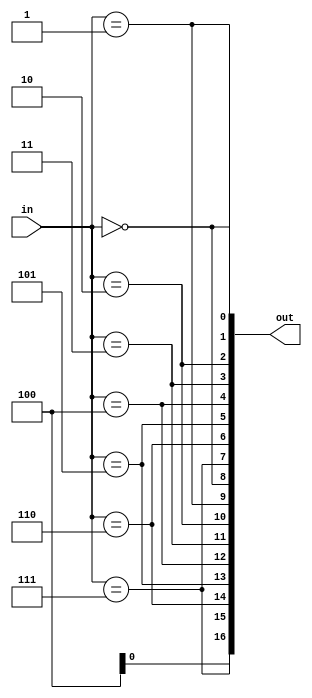
module decoder_4_16(
    input  [ 3:0] in,
    output [16:0] out
);

assign out[ 0] = (in == 3'd0 );
assign out[ 1] = (in == 3'd1 );
assign out[ 2] = (in == 3'd2 );
assign out[ 3] = (in == 3'd3 );
assign out[ 4] = (in == 3'd4 );
assign out[ 5] = (in == 3'd5 );
assign out[ 6] = (in == 3'd6 );
assign out[ 7] = (in == 3'd7 );
assign out[ 8] = (in == 3'd8 );
assign out[ 9] = (in == 3'd9 );
assign out[10] = (in == 3'd10);
assign out[11] = (in == 3'd11);
assign out[12] = (in == 3'd12);
assign out[13] = (in == 3'd13);
assign out[14] = (in == 3'd14);
assign out[15] = (in == 3'd15);

endmodule
module decoder_5_32(
    input  [ 4:0] in,
    output [31:0] out
);

genvar i;
generate for (i=0; i<32; i=i+1) begin : gen_for_dec_5_32
    assign out[i] = (in == i);
end endgenerate

endmodule
module decoder_6_64(
    input  [ 5:0] in,
    output [63:0] out
);

genvar i;
generate for (i=0; i<63; i=i+1) begin : gen_for_dec_6_64
    assign out[i] = (in == i);
end endgenerate

endmodule